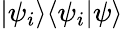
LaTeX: |\psi_{i}\rangle\langle\psi_{i}|\psi\rangle